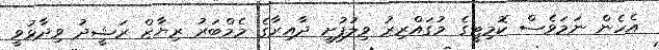
އެހެން ނަމަވެސް ކޮމިޓީގެ މުގައްރިރު ވިލުފުށީ ދާއިރާގެ މެމްބަރު ރިޔާޒް ރަޝީދު ވިދާޅުވީ